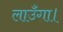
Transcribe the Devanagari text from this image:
लाउँगा।